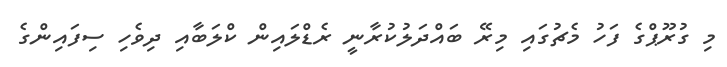
މި ގުރޫޕްގެ ފަހު މެޗުގައި މިރޭ ބައްދަލުކުރާނީ ރެޑްލައިން ކްލަބާއި ދިވެހި ސިފައިންގެ